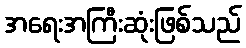
အရေးအကြီးဆုံးဖြစ်သည်